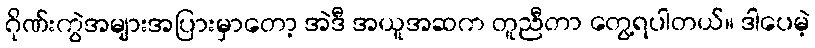
ဂိုဏ်းကွဲအများအပြားမှာတော့ အဲဒီ အယူအဆက တူညီတာ တွေ့ရပါတယ်။ ဒါပေမဲ့